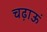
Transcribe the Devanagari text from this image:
चढ़ाऊं